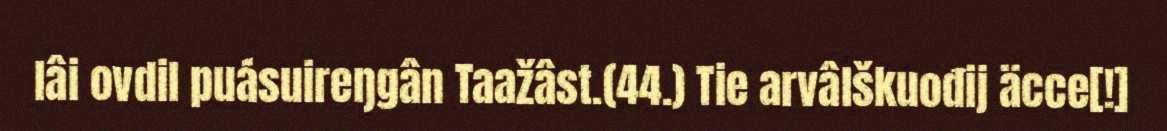
lâi ovdil puásuireŋgân Taažâst.(44.) Tie arvâlškuođij äcce[!]